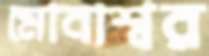
মোবাশ্বর